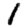
Digit: 1